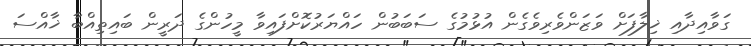
ގަވާއިދާއި ޚިލާފަށް ވަޒަންވެރިވެގެން އުޅުމުގެ ސަބަބުން ހައްޔަރުކޮށްފައިވާ މީހުންގެ ދަރީން ބައިތިއްބާ ޚާއްސަ